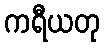
ကရီယတု